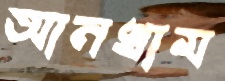
আনখাম